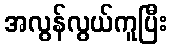
အလွန်လွယ်ကူပြီး